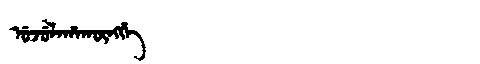
Manchu: ᡠᠵᡠᠯᠠᡥᠠᡴᡡᠩᡤᡝ
Romanization: UJULAHAKŪNGGE